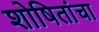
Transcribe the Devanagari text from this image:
शोषितांचा